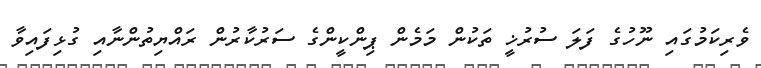
ވެރިކަމުގައި ނޫހުގެ ފަލަ ސުރުޚީ ތަކުން މަމެން ޕިންކީންގެ ސަރުކާރުން ރައްޔިތުންނާއި ގުޅިފައިވާ